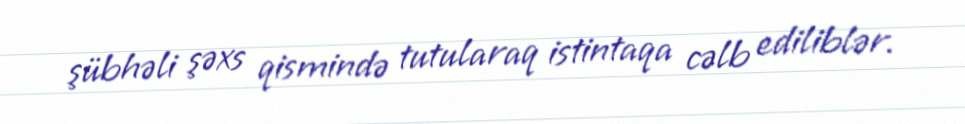
şübhəli şəxs qismində tutularaq istintaqa cəlb ediliblər.